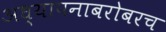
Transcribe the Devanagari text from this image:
अध्‍यापनाबरोबरच